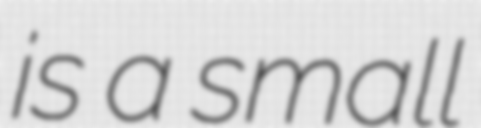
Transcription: is a small